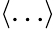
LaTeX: \langle\dots\rangle